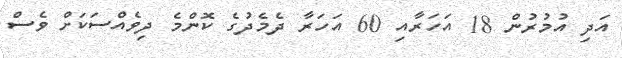
އަދި އުމުރުން 18 އަހަރާއި 60 އަހަރާ ދެމެދުގެ ކޮންމެ ދިވެއްސަކަށް ވެސް